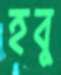
হবু